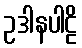
ဥဒါနပါဠိ